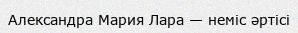
Александра Мария Лара — неміс әртісі